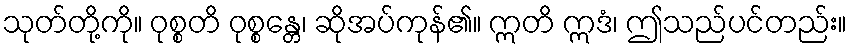
သုတ်တို့ကို။ ဝုစ္စတိ ဝုစ္စန္တေ၊ ဆိုအပ်ကုန်၏။ ဣတိ ဣဒံ၊ ဤသည်ပင်တည်း။